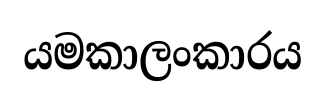
යමකාලංකාරය